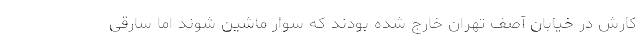
کارش در خیابان آصف تهران خارج شده بودند که سوار ماشین شوند اما سارقی